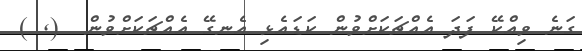
ގަނެ ވިއްކޭ ފަދަ އެއްޗަކަށްވުން ކަޑައެޅި އެނގޭ އެއްޗަކަށްވުން  (